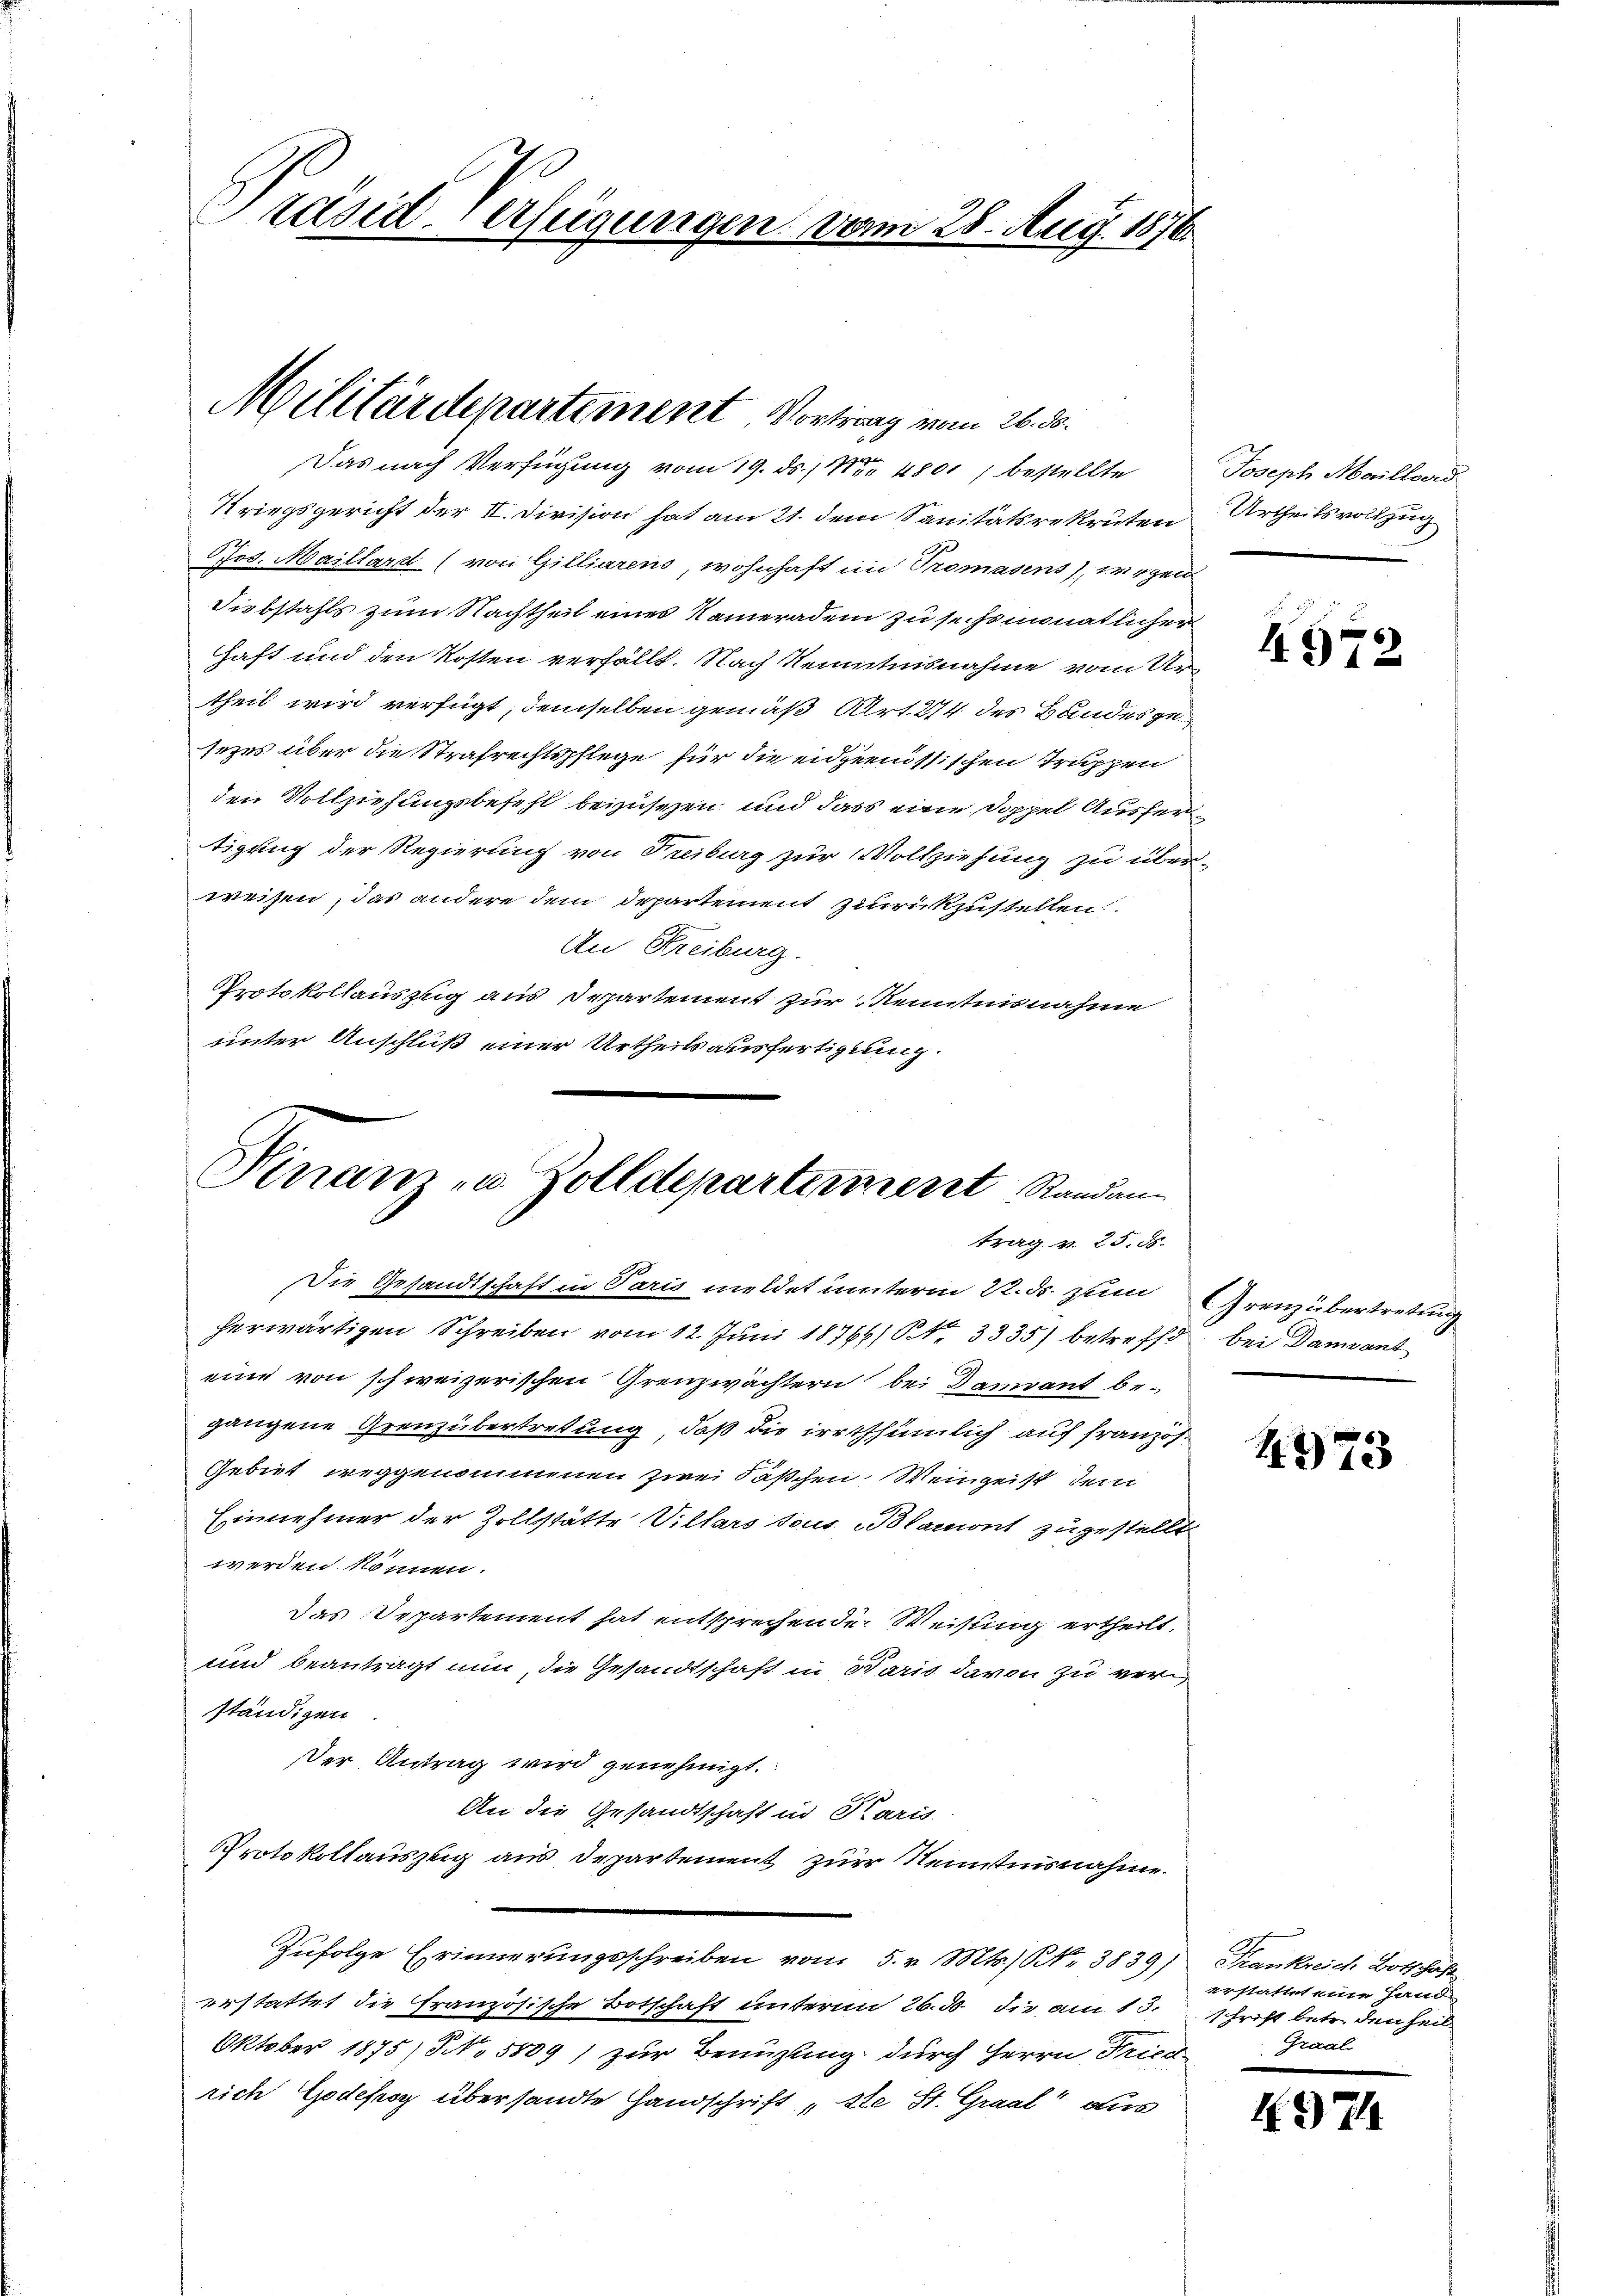
Präsiderfeigungen vom 28. Aug. 1876

Das nach Verfügung vom 19. ds. / Nr. 4801, bestellte Joseph Marillerd
Kriegsgericht der II. Division hat am 21. dem Sanitätsrekruten Urtheilsvollzug
Pos. Maillard (von Gilliarens, wohnhaft im Tromasens), wegen
Diebstahls zum Nachtheil eines Kameradem zu sechsmonatlicher
haft und den Kosten verfällt. Nach Kenntnisnahme vom Urtheil wird verfügt, demselben gemäß Art. 214 des Bundesgesezes über die Strafrechtspflege für die eidgenössischen Truppen
den Vollziehungsbefehl beyusezen und dass eine Doppel Ausfertigung der Regierung von Treiburg zur Vollziehung zu über-
weisen, das andere dem Departement zurückzustellen
An Freiburg.
Protokollauszug aus Departement zur Kenntnisnahme
unter Anschluß einer Urtheilsausfertigung.
Pinam - u. Zolldepartement Randan

Militärdepartement, Vortrag vom 26. ds.

trag v. 25. ds.

Die Gesandtschaft in Paris meldet unterm 22. ds. zum Grenz übertretung
herwärtigen Schreiben vom 12. Juni 18766/ Nr. 3335) betreffe, bei Dament
eine von schweizerischen Grenzwächtern bei Damiant begangene Grenzübertretung, daß die irrthümlich auf französ¬
Gebiet weggenommenen zwei Säßchen Weingeist dem
Einnehmer der Zollstätte Villars sous Blamont zugestellt
werden können.
Das Departement hat entsprechende Weisung ertheilt.
und beantragt nun, die Gesandtschaft in Paris davon zu verständigen.
Der Antrag wird genehmigt.
An die Gesandtschaft in Paris
Protokollauszug aus Departement zur Kenntnisnahme.
Zufolge Erinnerungsschreiben vom 5. v. Mts. S. 3839) Frankreich Botschaft
erstattet die französische Botschaft unterm 26. ds die am 13. Schrift betr. den Heil¬
Oktober 1875) No 5809) zur Benuzung durch Herrn Friedrich Godepoz übersandte Handschrift ste St. Graal aus

4972

4973

erstattet eine Hand
Graal

74